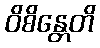
ဝိစိန္တေတိ